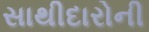
સાથીદારોની